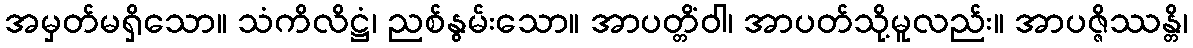
အမှတ်မရှိသော။ သံကိလိဋ္ဌံ၊ ညစ်နွမ်းသော။ အာပတ္တိံဝါ၊ အာပတ်သို့မူလည်း။ အာပဇ္ဇိဿန္တိ၊